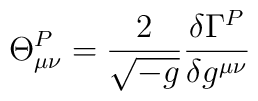
\Theta^{P}_{\mu\nu} = \frac{2}{\sqrt{-g}}           \frac{\delta\Gamma^P} {\delta g^{\mu\nu}}